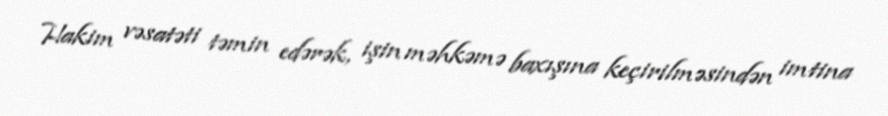
Hakim vəsatəti təmin edərək, işin məhkəmə baxışına keçirilməsindən imtina